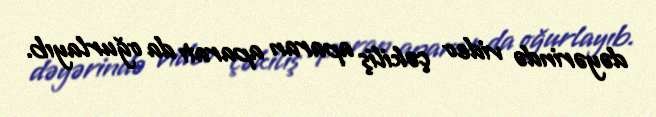
dəyərində video çəkiliş aparan aparatı da oğurlayıb.